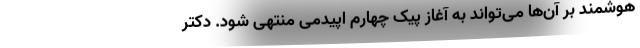
هوشمند بر آن‌ها می‌تواند به آغاز پیک چهارم اپیدمی منتهی شود. دکتر